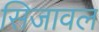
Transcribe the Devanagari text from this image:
सिजावल